Civil Veterinary Department Bengal reports 1933-51 - 1933-1951
Year: 1933
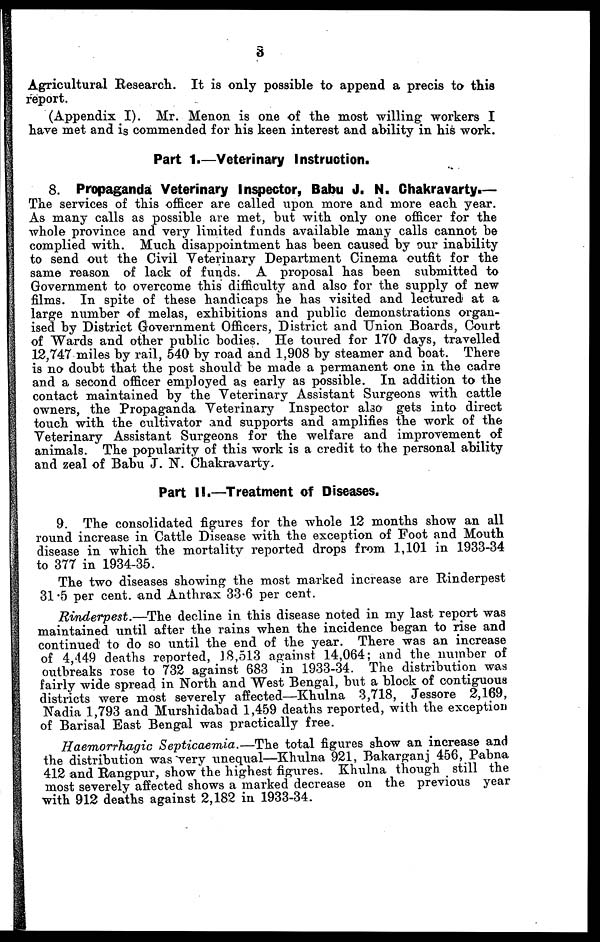
3
Agricultural Research. It is only possible to append a precis to this
report.
(Appendix I). Mr. Menon is one of the most willing workers I
have met and is commended for his keen interest and ability in his work.
Part 1.—Veterinary Instruction.
8. Propaganda Veterinary Inspector, Babu J. N. Chakravarty.—
The services of this officer are called upon more and more each year.
As many calls as possible are met, but with only one officer for the
whole province and very limited funds available many calls cannot be
complied with. Much disappointment has been caused by our inability
to send out the Civil Veterinary Department Cinema outfit for the
same reason of lack of funds. A proposal has been submitted to
Government to overcome this difficulty and also for the supply of new
films. In spite of these handicaps he has visited and lectured at a
large number of melas, exhibitions and public demonstrations organ-
ised by District Government Officers, District and Union Boards, Court
of Wards and other public bodies. He toured for 170 days, travelled
12,747 miles by rail, 540 by road and 1,908 by steamer and boat. There
is no doubt that the post should be made a permanent one in the cadre
and a second officer employed as early as possible. In addition to the
contact maintained by the Veterinary Assistant Surgeons with cattle
owners, the Propaganda Veterinary Inspector also gets into direct
touch with the cultivator and supports and amplifies the work of the
Veterinary Assistant Surgeons for the welfare and improvement of
animals. The popularity of this work is a credit to the personal ability
and zeal of Babu J. N. Chakravarty
Part II.—Treatment of Diseases.
9. The consolidated figures for the whole 12 months show an all
round increase in Cattle Disease with the exception of Foot and Mouth
disease in which the mortality reported drops from 1,101 in 1933-34
to 377 in 1934-35.
The two diseases showing the most marked increase are Rinderpest
31.5 per cent. and Anthrax 33.6 per cent.
Rinderpest.—The
decline in this disease noted in my last report was
maintained until after the rains when the incidence began to rise and
continued to do so until the end of the year. There was an increase
of 4,449 deaths reported, 18,513 against 14,064; and the number of
outbreaks rose to 732 against 683 in 1933-34. The distribution was
fairly wide spread in North and West Bengal, but a block of contiguous
districts were most severely affected—Khulna 3,718, Jessore 2,169,
Nadia 1,793 and Murshidabad 1,459 deaths reported, with the exception
of Barisal Bast Bengal was practically free.
Haemorrhagic Septicaemia.—The
total figures show an increase and
the distribution was very unequal—Khulna 921, Bakarganj 456, Pabna
412 and Rangpur, show the highest figures. Khulna though still the
most severely affected shows a marked decrease on the previous year
with 912 deaths against 2,182 in 1933-34.